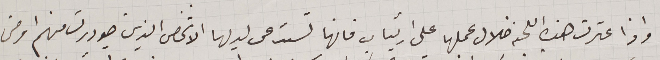
واذا عثرت هذه اللجنه خلال عملها على ارتياب فانها تستدعى لديها الاشخاص الذين صودرت منهم او من